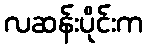
လဆန်းပိုင်းက